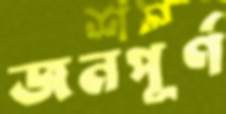
জনপূর্ণ